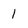
Character: 1